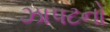
ઝાપટનો